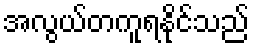
အလွယ်တကူရနိုင်သည်